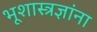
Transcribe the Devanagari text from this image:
भूशास्त्रज्ञांना